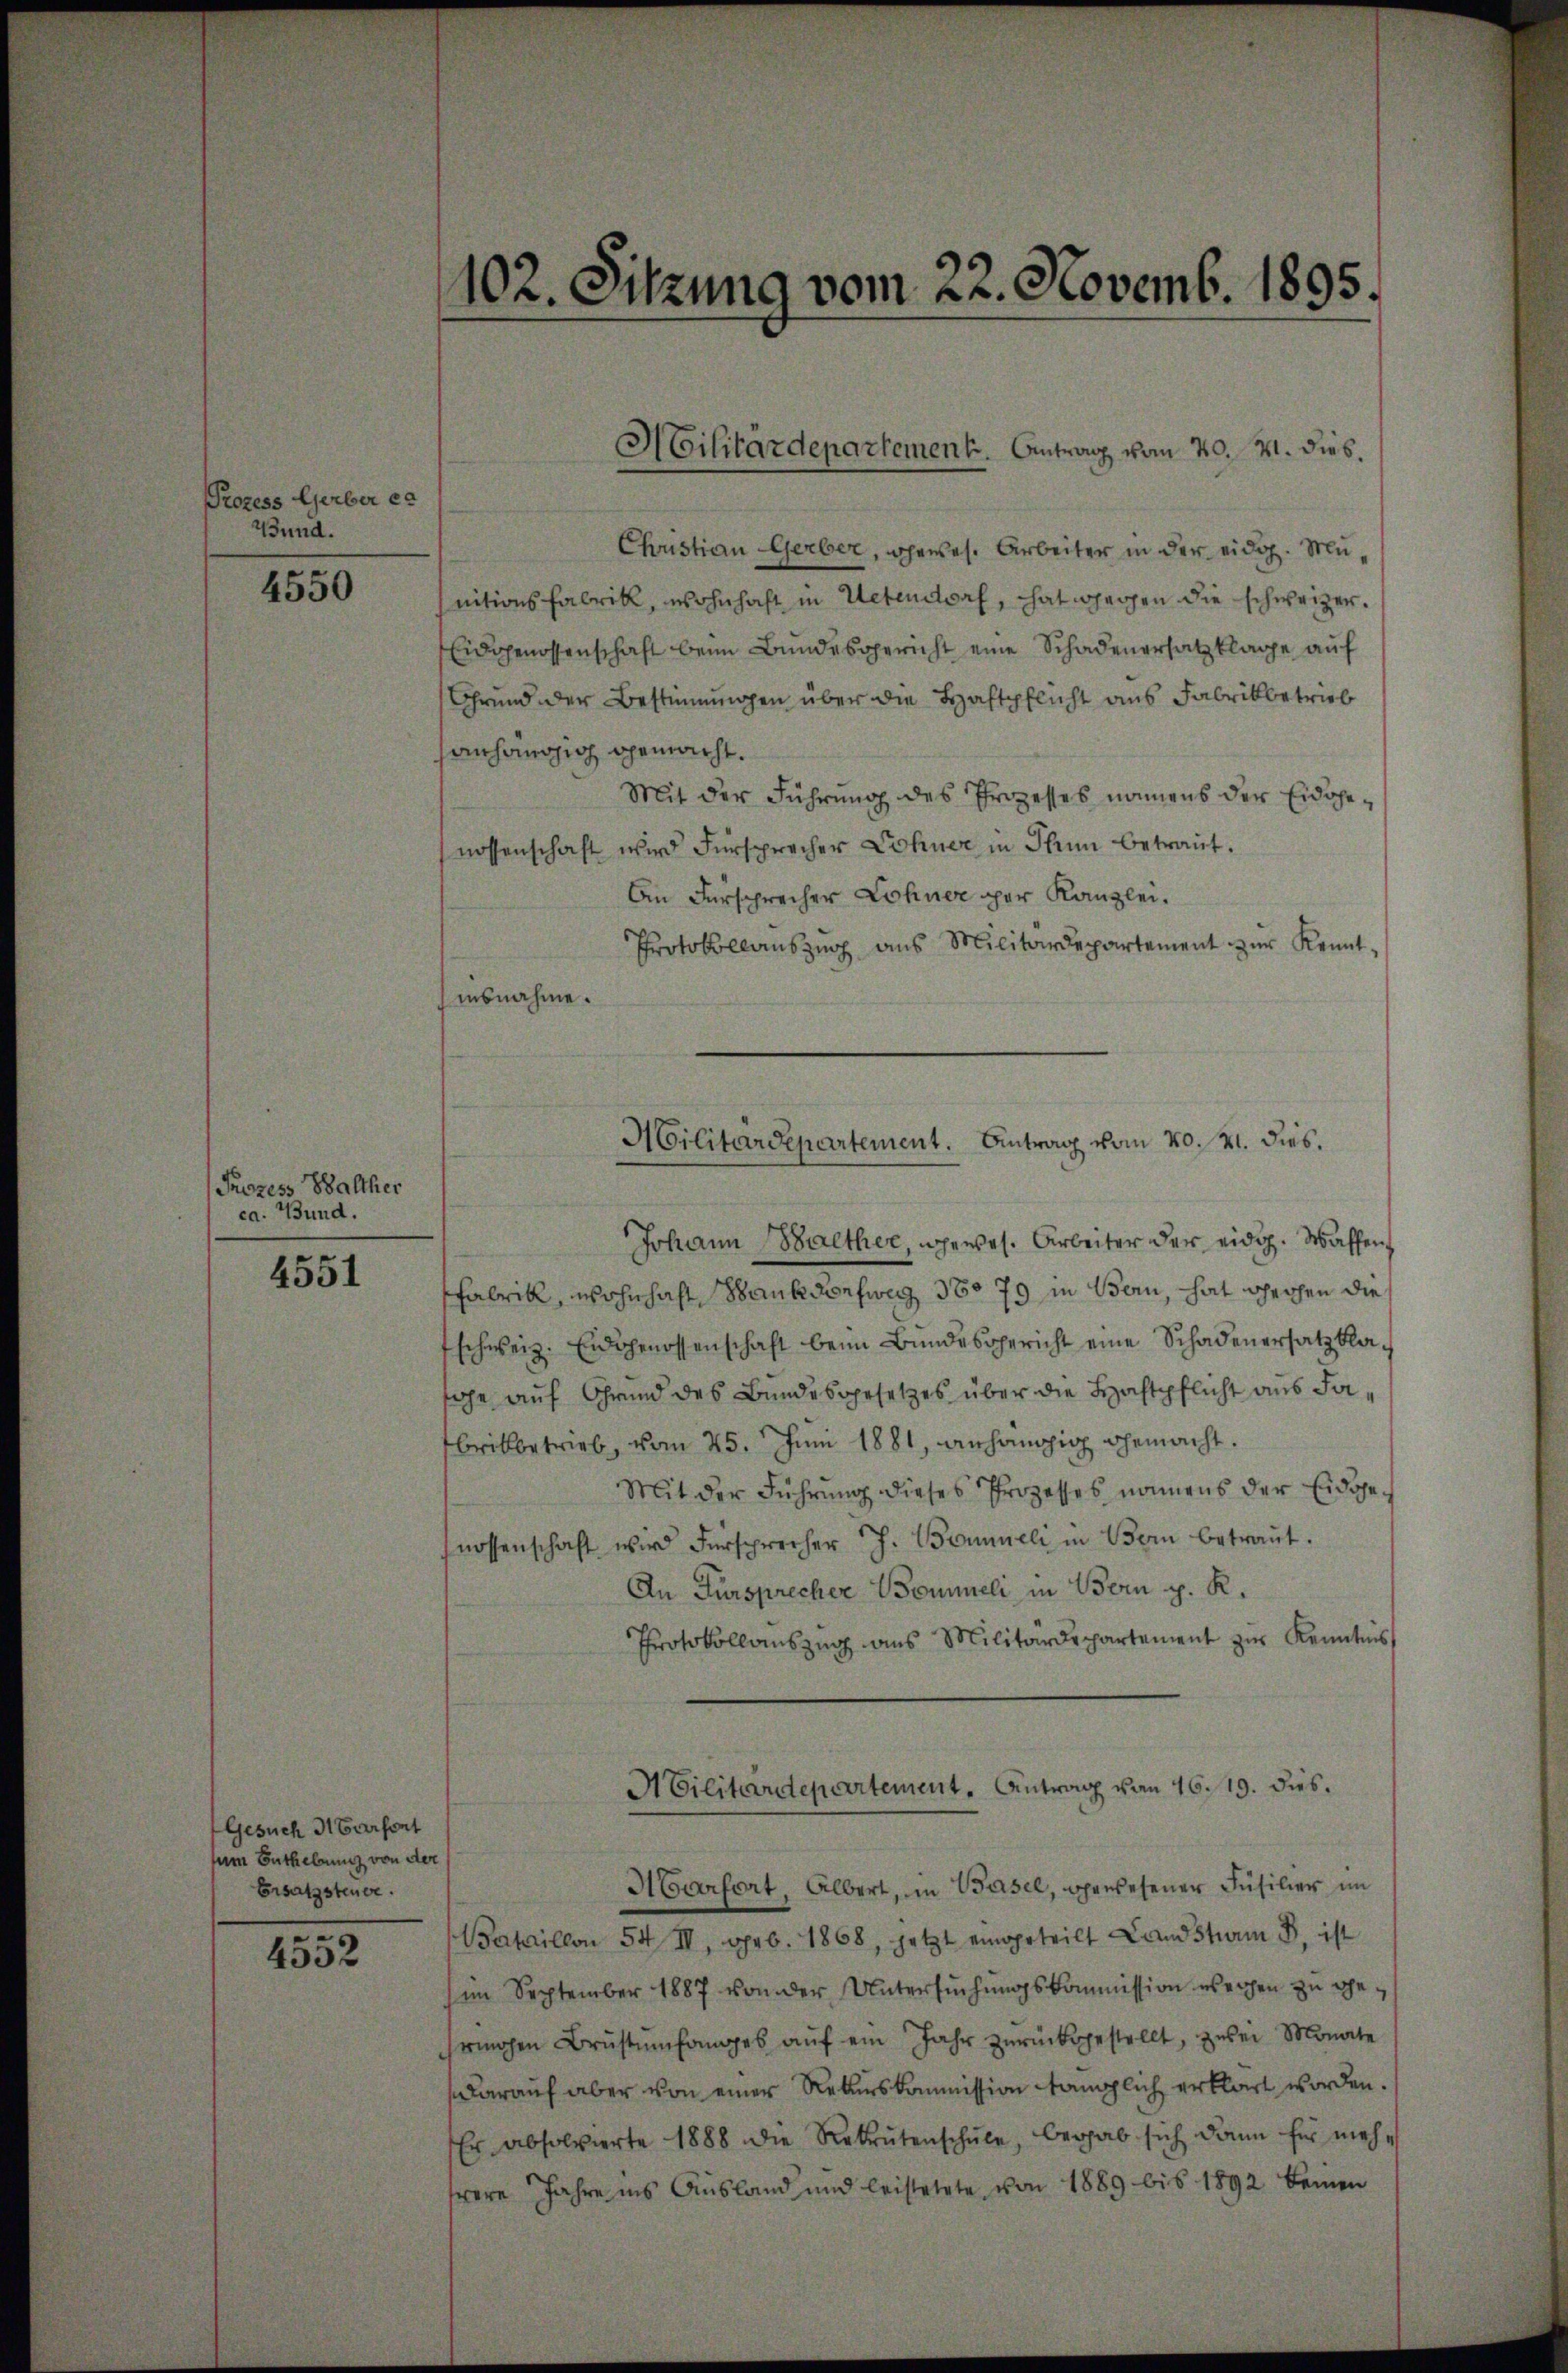
Prozess Gerber er
Bund.

4550

Prozess Balther
ca. Bund.

4551

Gesuch Harfort
zum Enthebung von der
Ersatzsteuer.

4552

102. Sitzung vom 22. Novemb. 1895.

Christian Gerber, gewes. Arbeiter in der eidg. Munitionsfabrik, wohnhaft in Uetendorf, hat gegen die schweizer.
Eidgenossenschaft beim Bundesgericht eine Schadenersatzklage aŭf
Grund der Bestimmungen über die Haftpflicht aus Fabrikbetrieb
anhängig gemacht.
Mit der Führung des Prozesses namens der Eidgenossenschaft wird Fürsprecher Lohner in Thun betraŭt.
An Fürsprecher Lohner per Kanzlei.
Protokollauszug aus Militärdepartement zŭr Kennt-
insnahme.
Johann Balther, gewes. Arbeiter der eidg. Waffen
Fabrik, wohnhaft Banke Dorfweg, 380 79 in Bern, hat sechen die
schweiz. Eidgenossenschaft beim Bundesgericht eine Schadenersatz kaehe auf Grund des Bundesgesetzes über die Haftpflicht aus Fabrikbetrieb, vom 25. Juni 1881, anhängig gemacht.
Mit der Führung dieses Prozesses namens der Eidgenossenschaft wird Fürsprecher J. Brunneli in Bern betraŭt.
An Fürsprecher Bommeli, in Bern p. R.
Protokollaŭszŭg ans Militärdepartement zŭr Kenntnis
ACilitärdepartement. Antrag von 16. 19. dies
Marfort, Albert, in Basel, gewesener Füsilier im
Bataillon 54 III, geb. 1868, jetzt eingeteilt Landskam B. ist
(im September 1887 von der Untersuchungskommission weichen zu gesrohen Brustŭmfanges aŭf ein Jahr zŭrückgestellt, zwei Monate
darauf aber von einer Rekurskommission länglich erklärt worden.
Er absolvierte 1888 die Rekrutenschŭle, begab sich dann für mehr
were Jahre ins Ausland und leistetete von 1889 bis 1892 keinen

Militärdepartement. Antrag vom 20. M. dies¬

Militärdepartement. Antrag vom 20. 21. dies.